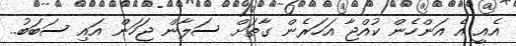
އެއީ އެ އަންހެން ކުއްޖާ އަހަރެން ގާތަށް ސަލާން ޖަހަން އައި ސަބަބު..